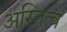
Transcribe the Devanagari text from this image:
अस्तित्वे